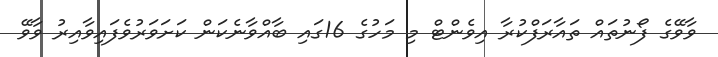
ވާވޭގެ ފޯނުތައް ތައާރަފްކުރާ އިވެންޓް މި މަހުގެ 16ގައި ބާއްވާނެކަން ކަށަވަރުވެފައިވާއިރު ވާވޭ